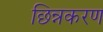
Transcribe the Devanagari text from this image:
छिन्नकरण